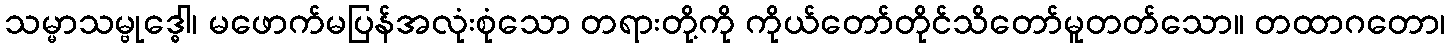
သမ္မာသမ္ဗုဒ္ဓေါ၊ မဖောက်မပြန်အလုံးစုံသော တရားတို့ကို ကိုယ်တော်တိုင်သိတော်မူတတ်သော။ တထာဂတော၊